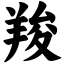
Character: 羧